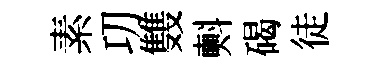
素㓛䨇㪺碣徒